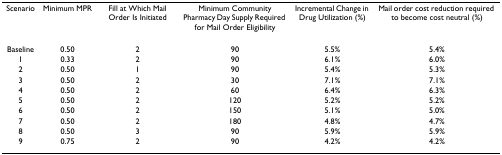
| Scenario | Minimum MPR | Fill at Which Mail Order Is Initiated | Minimum Community Pharmacy Day Supply Required for Mail Order Eligibility | Incremental Change in Drug Utilization (%) | Mail order cost reduction required to become cost neutral (%) |
 | --- | --- | --- | --- | --- | --- |
 | Baseline | 0.50 | 2 | 90 | 5.5% | 5.4% |
 | 1 | 0.33 | 2 | 90 | 6.1% | 6.0% |
 | 2 | 0.50 | 1 | 90 | 5.4% | 5.3% |
 | 3 | 0.50 | 2 | 30 | 7.1% | 7.1% |
 | 4 | 0.50 | 2 | 60 | 6.4% | 6.3% |
 | 5 | 0.50 | 2 | 120 | 5.2% | 5.2% |
 | 6 | 0.50 | 2 | 150 | 5.1% | 5.0% |
 | 7 | 0.50 | 2 | 180 | 4.8% | 4.7% |
 | 8 | 0.50 | 3 | 90 | 5.9% | 5.9% |
 | 9 | 0.75 | 2 | 90 | 4.2% | 4.2% |